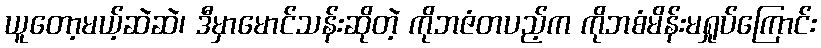
ယူတော့မယ့်ဆဲဆဲ၊ ဒီမှာမောင်သန်းဆိုတဲ့ ကိုဘဇံတပည့်က ကိုဘစံမိန်းမရှုပ်ကြောင်း